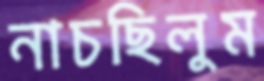
নাচছিলুম